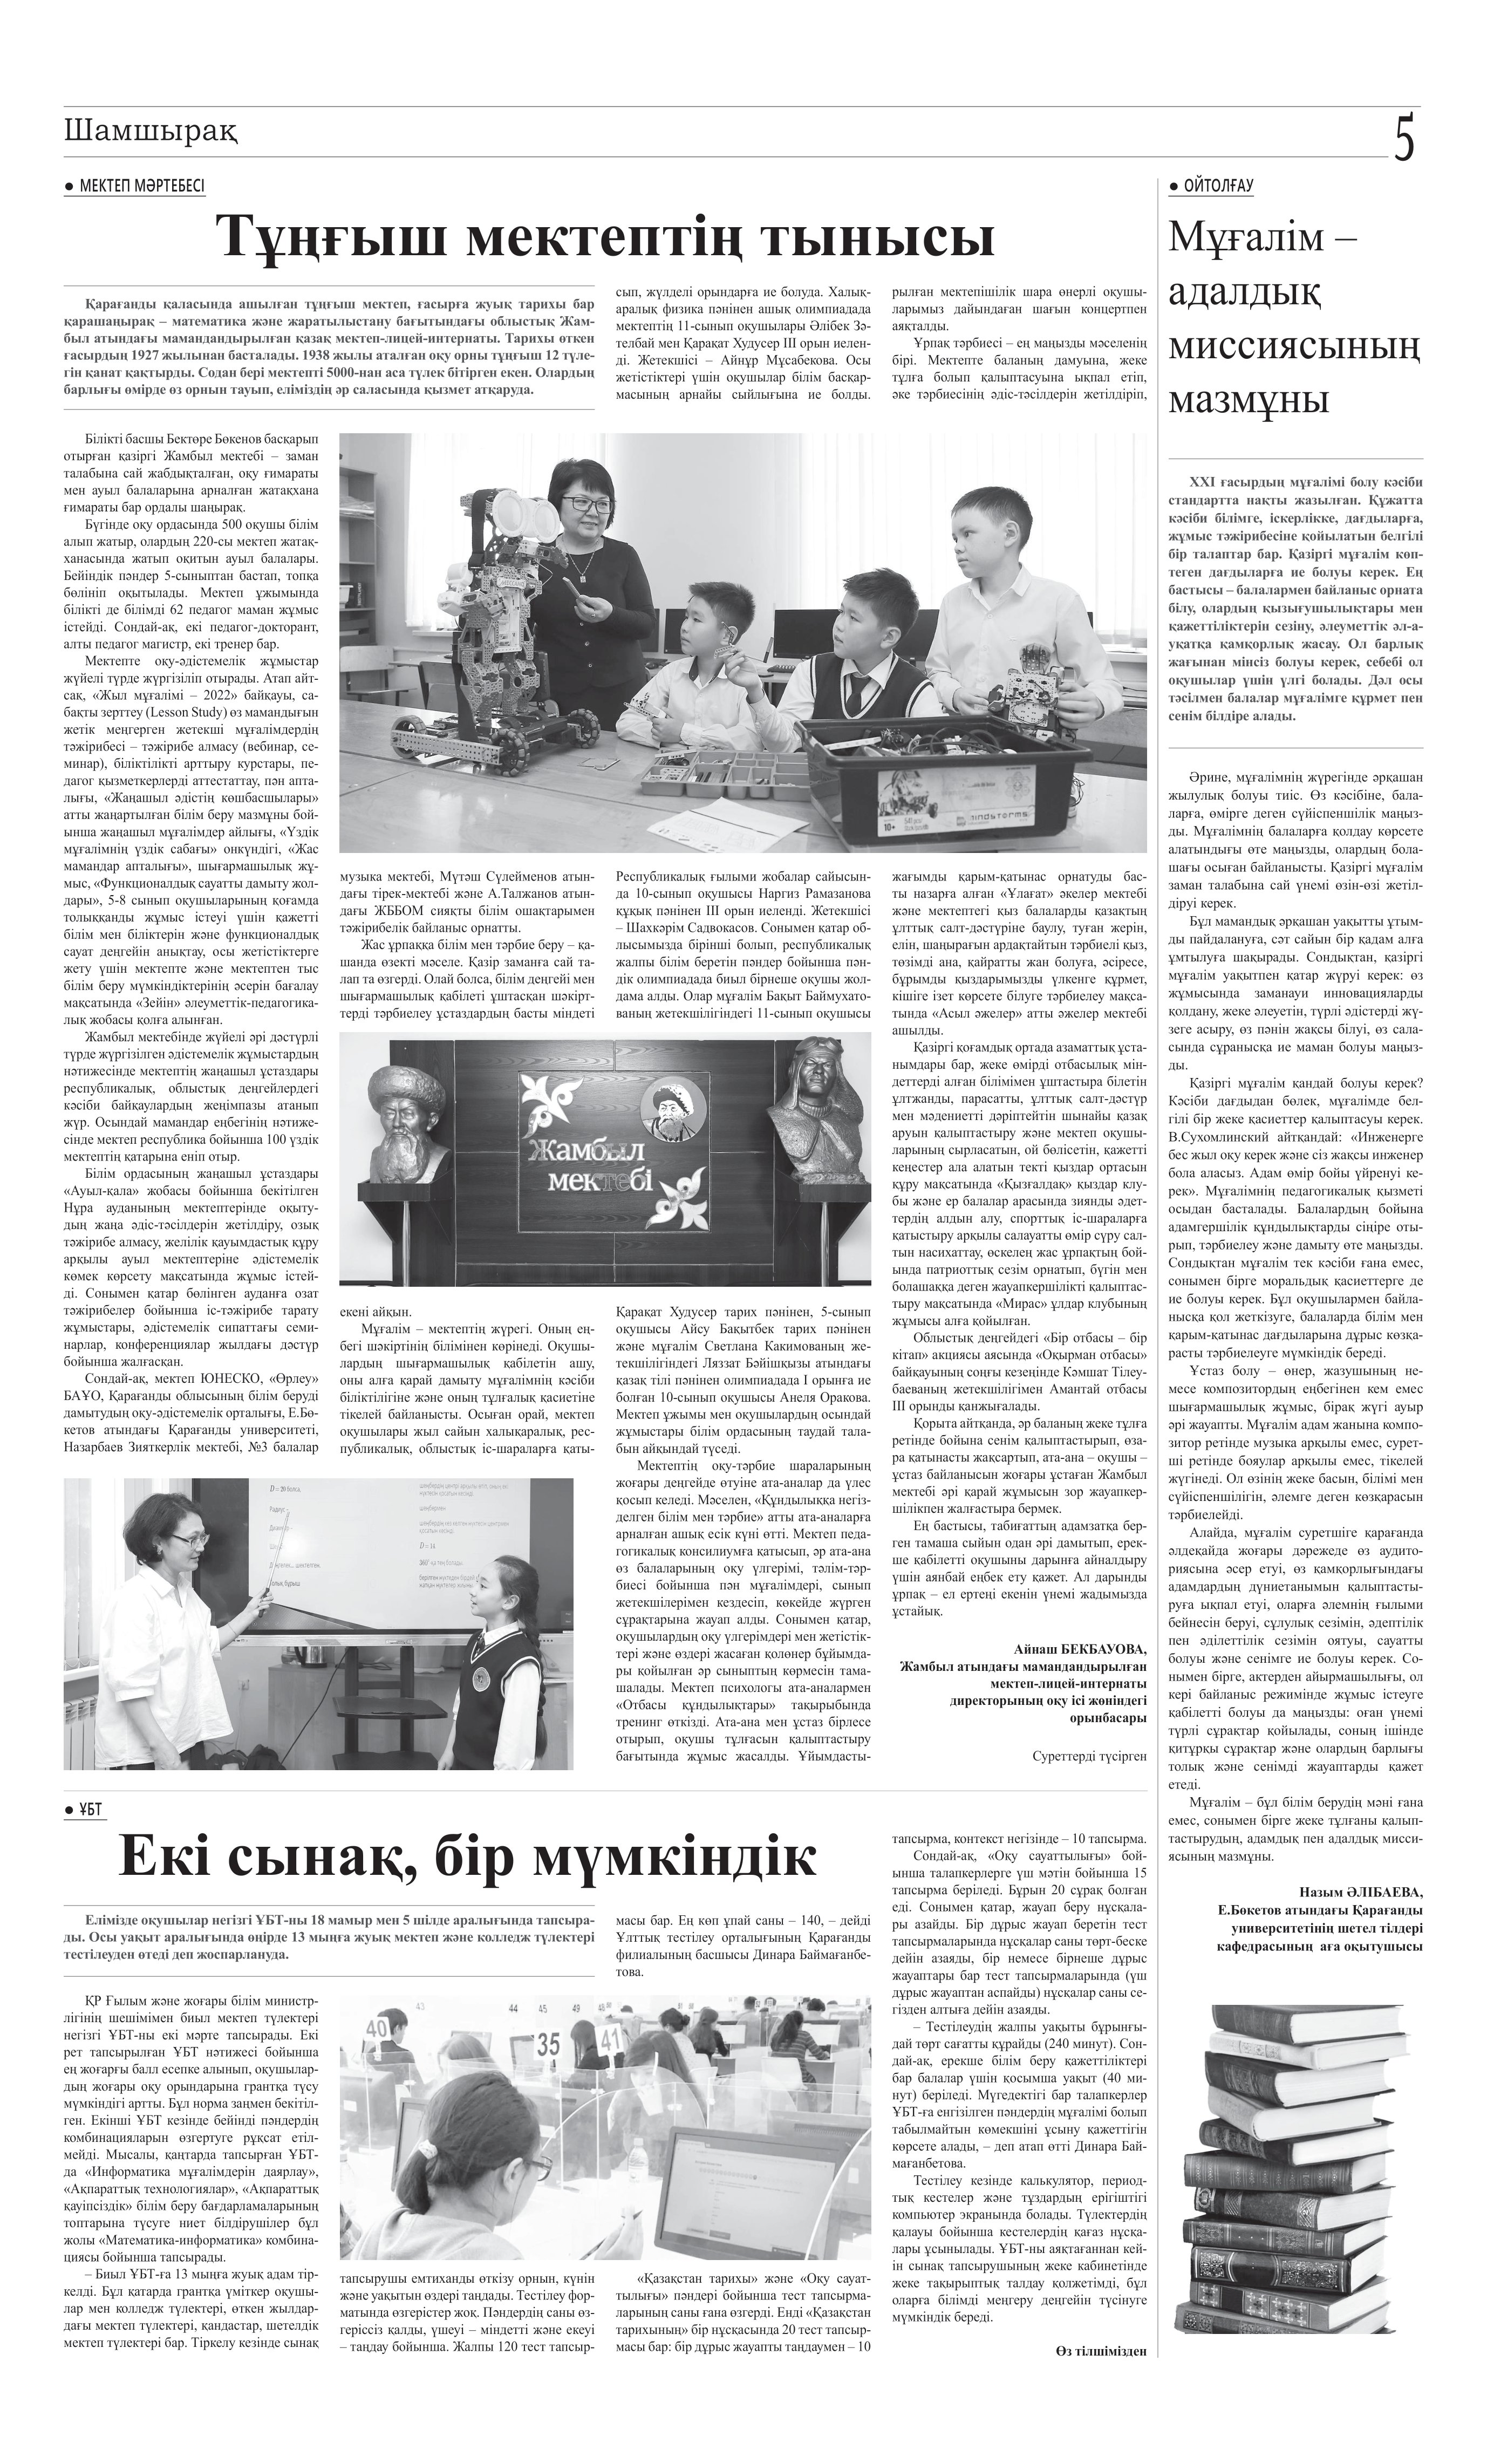
Language: kk